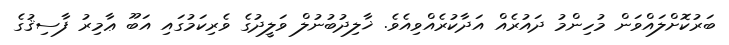
ބަރުކޮށްލައްވަން މުހިންމު ދައުރެއް އަދާކުރެއްވިއެވެ. ޚާލިދުބުނުލް ވަލީދުގެ ވެރިކަމުގައި އަބޫ ޢާމިރު ފާސިޤުގެ